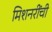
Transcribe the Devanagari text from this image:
मिशनरींची